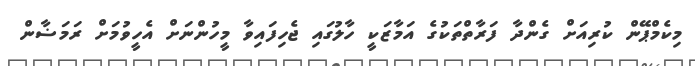
މިކެމްޕޭން ކުރިއަށް ގެންދާ ފަރާތްތަކުގެ އަމާޒަކީ ހާލުގައި ޖެހިފައިވާ މީހުންނަށް އެހީވުމަށް ރަމަޟާން